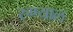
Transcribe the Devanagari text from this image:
रुण्याल